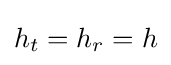
h_{t}=h_{r}=h